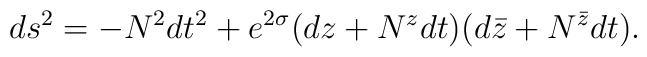
ds^2= -N^2 dt^2+ e^{2\sigma}(dz+ N^z dt)(d\bar z+ N^{\bar z} dt).